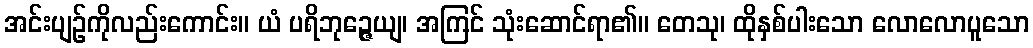
အင်းပျဉ်ကိုလည်းကောင်း။ ယံ ပရိဘုဉ္ဇေယျ၊ အကြင် သုံးဆောင်ရာ၏။ တေသု၊ ထိုနှစ်ပါးသော လောလောပူသော